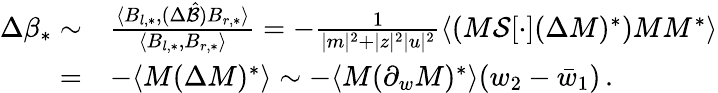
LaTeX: \begin{array}{rl}{\Delta\beta_{*}\sim}&{\frac{\langle B_{l,*},(\Delta\hat{\mathcal{B}})B_{r,*}\rangle}{\langle B_{l,*},B_{r,*}\rangle}=-\frac{1}{|m|^{2}+|z|^{2}|u|^{2}}\langle(M\mathcal{S}[\cdot](\Delta M)^{*})MM^{*}\rangle}\\ {=}&{-\langle M(\Delta M)^{*}\rangle\sim-\langle M(\partial_{w}M)^{*}\rangle(w_{2}-\bar{w}_{1})\, .}\end{array}